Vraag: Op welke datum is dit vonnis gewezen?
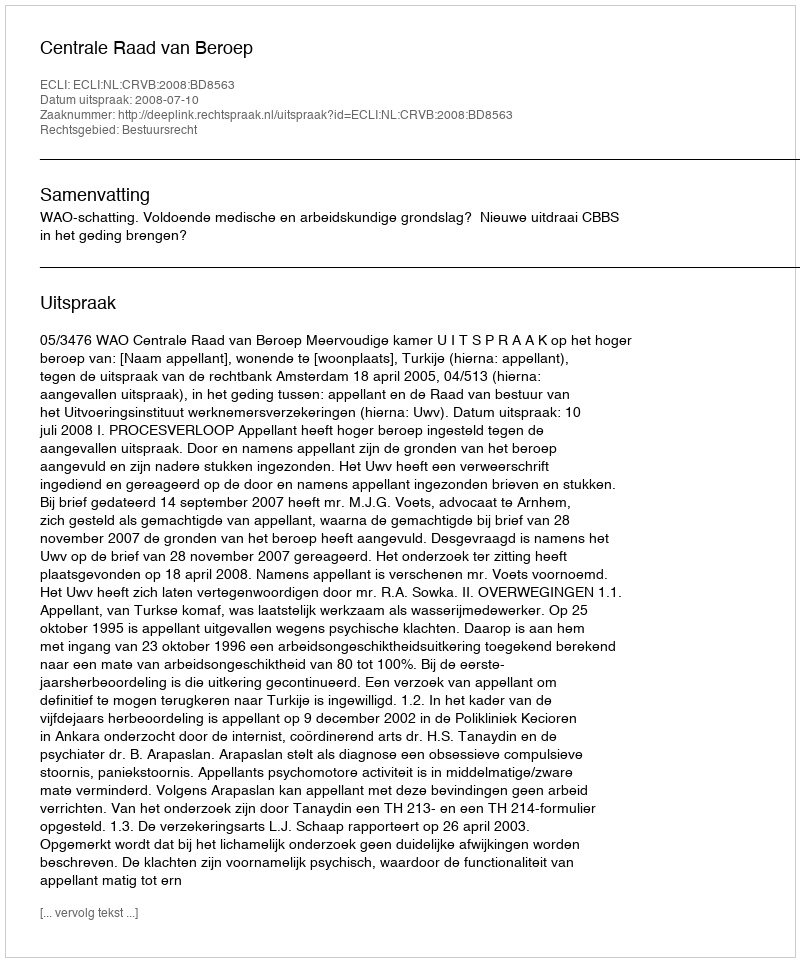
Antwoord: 2008-07-10